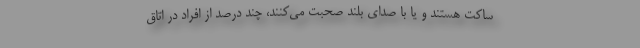
ساکت هستند و یا با صدای بلند صحبت می‌کنند، چند درصد از افراد در اتاق